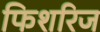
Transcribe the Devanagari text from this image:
फिशरिज